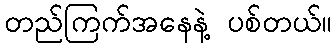
တည်ကြက်အနေနဲ့ ပစ်တယ်။